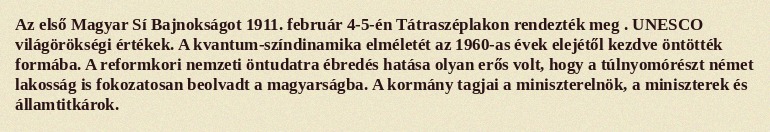
Az első Magyar Sí Bajnokságot 1911. február 4-5-én Tátraszéplakon rendezték meg . UNESCO világörökségi értékek. A kvantum-színdinamika elméletét az 1960-as évek elejétől kezdve öntötték formába. A reformkori nemzeti öntudatra ébredés hatása olyan erős volt, hogy a túlnyomórészt német lakosság is fokozatosan beolvadt a magyarságba. A kormány tagjai a miniszterelnök, a miniszterek és államtitkárok.